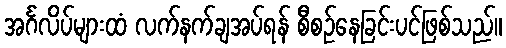
အင်္ဂလိပ်များထံ လက်နက်ချအပ်ရန် စီစဉ်နေခြင်းပင်ဖြစ်သည်။